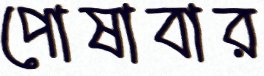
পোষাবার